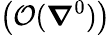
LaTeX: \big(\mathcal O(\boldsymbol{\nabla}^{0})\big)